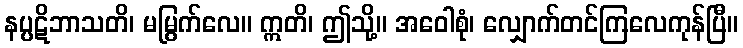
နပ္ပဋိဘာသတိ၊ မမြွက်လေ။ ဣတိ၊ ဤသို့။ အဝေါစုံ၊ လျှောက်တင်ကြလေကုန်ပြီ။